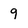
Character: 9